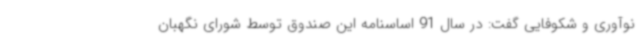
نوآوری و شکوفایی گفت: در سال 91 اساسنامه این صندوق توسط شورای نگهبان